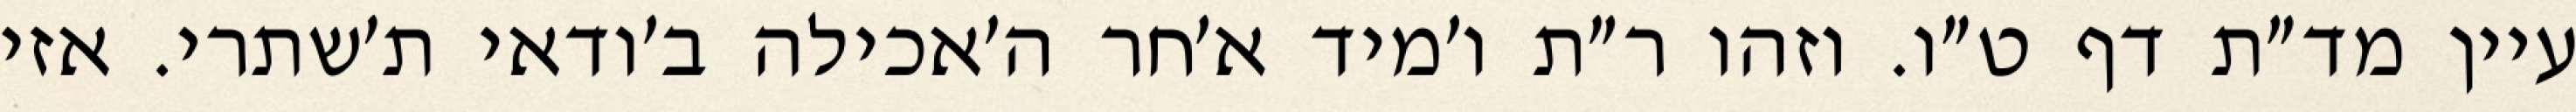
עיין מד״ת דף ט״ו. וזהו ר״ת ו׳מיד א׳חר ה׳אכילה ב׳ודאי ת׳שתרי. אזי